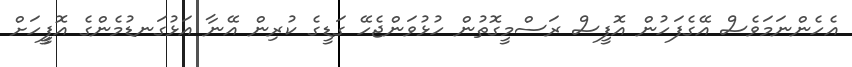
އެހެންނަމަވެސް އޭގެފަހުން އޮފީސް ރަސްމީގޮތުން ހުޅުވަންޖެހޭ ގަޑީގެ ކުރިިން އޭނާ އަޅުގަނޑުމެންގެ އޮފީީހަށް